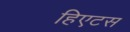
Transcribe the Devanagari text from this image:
हिएटस